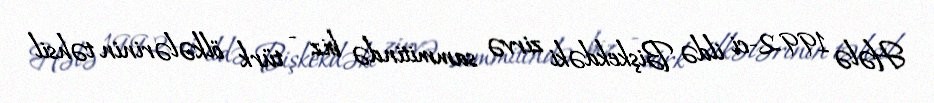
Hələ 1992-ci ildə Bişkekdəki zirvə sammitində biz - türk ölkələrinin təhsil